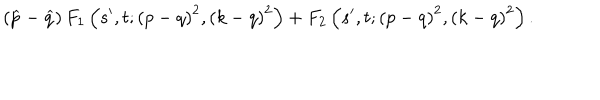
\left( \widehat { p } - \widehat { q } \right) F _ { 1 } \left( s ^ { \prime } , t ; \left( p - q \right) ^ { 2 } , \left( k - q \right) ^ { 2 } \right) + F _ { 2 } \left( s ^ { \prime } , t ; \left( p - q \right) ^ { 2 } , \left( k - q \right) ^ { 2 } \right) .